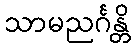
သာမညင်္ဂန္တိ